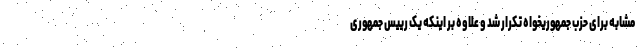
مشابه برای حزب جمهوریخواه تکرار شد و علاوه بر اینکه یک رییس جمهوری